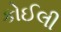
કોઈલી